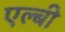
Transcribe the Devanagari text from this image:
एल्बी